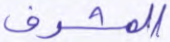
المشرف